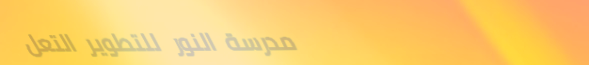
مدرسة النور للتطوير التعل